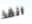
انقذ